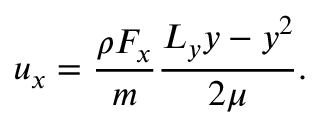
u _ { x } = \frac { \rho F _ { x } } { m } \frac { L _ { y } y - y ^ { 2 } } { 2 \mu } .